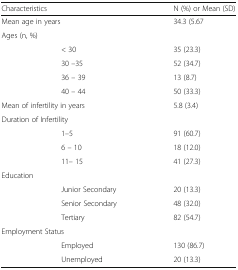
<table><thead><tr><td colspan="2"><b>Characteristics</b></td><td><b>N (%) or Mean (SD)</b></td></tr></thead><tbody><tr><td colspan="2">Mean age in years</td><td>34.3 (5.67</td></tr><tr><td colspan="3">Ages (n, %)</td></tr><tr><td></td><td>&lt; 30</td><td>35 (23.3)</td></tr><tr><td></td><td>30 –35</td><td>52 (34.7)</td></tr><tr><td></td><td>36 – 39</td><td>13 (8.7)</td></tr><tr><td></td><td>40 – 44</td><td>50 (33.3)</td></tr><tr><td colspan="2">Mean of infertility in years</td><td>5.8 (3.4)</td></tr><tr><td colspan="3">Duration of Infertility</td></tr><tr><td></td><td>1–5</td><td>91 (60.7)</td></tr><tr><td></td><td>6 – 10</td><td>18 (12.0)</td></tr><tr><td></td><td>11– 15</td><td>41 (27.3)</td></tr><tr><td colspan="3">Education</td></tr><tr><td></td><td>Junior Secondary</td><td>20 (13.3)</td></tr><tr><td></td><td>Senior Secondary</td><td>48 (32.0)</td></tr><tr><td></td><td>Tertiary</td><td>82 (54.7)</td></tr><tr><td colspan="3">Employment Status</td></tr><tr><td></td><td>Employed</td><td>130 (86.7)</td></tr><tr><td></td><td>Unemployed</td><td>20 (13.3)</td></tr></tbody></table>